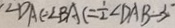
\angle D A C = \angle B A C = \frac { 1 } { 2 } \angle D A B - 3